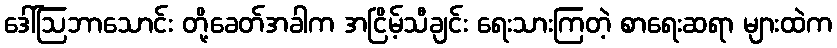
ဒေါ်ဩဘာသောင်း တို့ခေတ်အခါက အငြိမ့်သီချင်း ရေးသားကြတဲ့ စာရေးဆရာ များထဲက